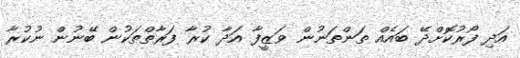
އަދި ފޯރުކޮށްދޭ ބައެއް ތަންތަނުން ވަަޒީފާ އަދާ ކުރާ ފަރާތްތަކުން ބޭނުން ނުކުރާ